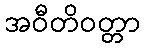
အဝီတိဝတ္တာ